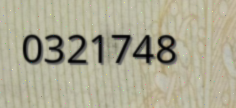
0321748